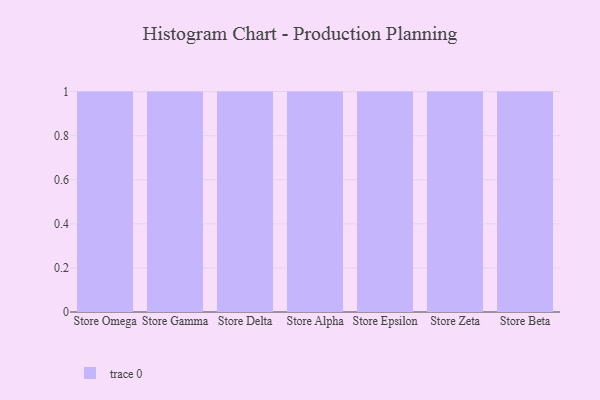
{"axis": {"x": "Store", "y": "Budget (USD K)"}, "legend": [""], "data": [{"x": "Store Omega", "y": 81, "type": ""}, {"x": "Store Gamma", "y": 62, "type": ""}, {"x": "Store Delta", "y": 50, "type": ""}, {"x": "Store Alpha", "y": 50, "type": ""}, {"x": "Store Epsilon", "y": 100, "type": ""}, {"x": "Store Zeta", "y": 1, "type": ""}, {"x": "Store Beta", "y": 79, "type": ""}]}